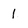
Character: 1